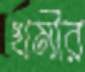
খমীর